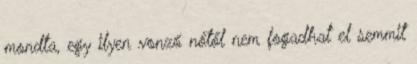
mondta, egy ilyen vonzó nőtől nem fogadhat el semmit